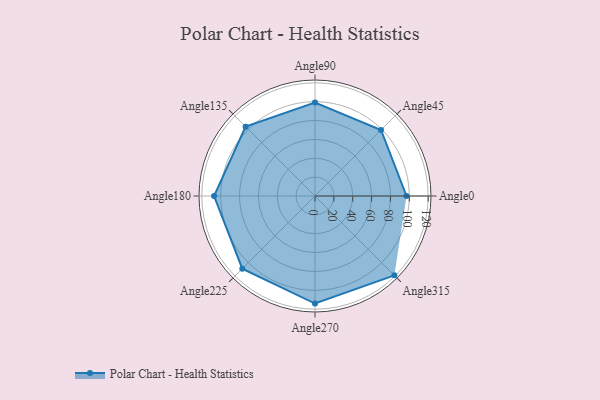
{"axis": {"x": "Angle", "y": "Radius"}, "legend": [""], "data": [{"x": "Angle0", "y": 97.0, "type": ""}, {"x": "Angle45", "y": 99.0, "type": ""}, {"x": "Angle90", "y": 99.0, "type": ""}, {"x": "Angle135", "y": 104.0, "type": ""}, {"x": "Angle180", "y": 107.0, "type": ""}, {"x": "Angle225", "y": 109.0, "type": ""}, {"x": "Angle270", "y": 114.0, "type": ""}, {"x": "Angle315", "y": 119.0, "type": ""}]}